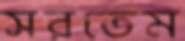
সরতেম